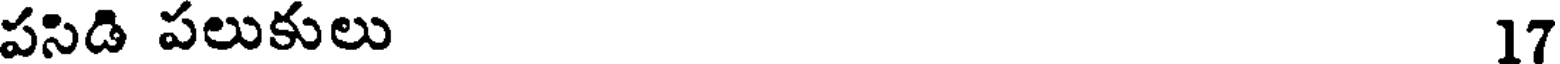
పసిడి పలుకులు 17